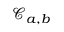
\mathcal { C } _ { a , b }